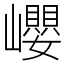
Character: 巊